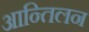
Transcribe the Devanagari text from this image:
आन्तिलन